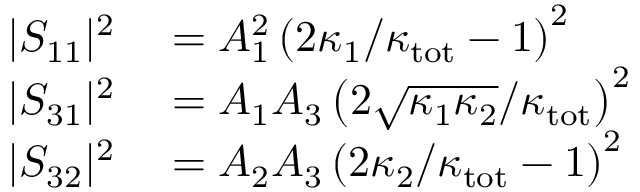
\begin{array} { r l } { \lvert S _ { 1 1 } \rvert ^ { 2 } } & { { } = A _ { 1 } ^ { 2 } \left( 2 \kappa _ { 1 } / \kappa _ { \mathrm { t o t } } - 1 \right) ^ { 2 } } \\ { \lvert S _ { 3 1 } \rvert ^ { 2 } } & { { } = A _ { 1 } A _ { 3 } \left( 2 \sqrt { \kappa _ { 1 } \kappa _ { 2 } } / \kappa _ { \mathrm { t o t } } \right) ^ { 2 } } \\ { \lvert S _ { 3 2 } \rvert ^ { 2 } } & { { } = A _ { 2 } A _ { 3 } \left( 2 \kappa _ { 2 } / \kappa _ { \mathrm { t o t } } - 1 \right) ^ { 2 } } \end{array}